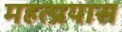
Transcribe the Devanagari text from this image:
महत्प्रयास